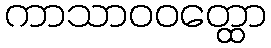
ကာသာဝဝတ္ထော